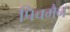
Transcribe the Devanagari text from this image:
पिचमैन